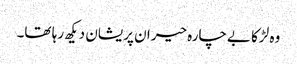
وہ لڑکا بےچارہ حیران پریشان دیکھ رہا تھا۔